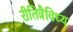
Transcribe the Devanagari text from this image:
रीतित्रैविध्य